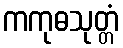
ကကုဓသုတ္တံ